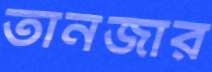
তানজার